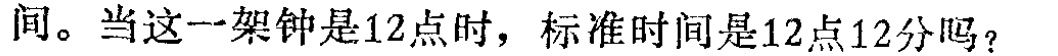
间。当这一架钟是12点时，标准时间是12点12分吗？